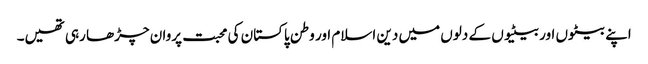
اپنے بیٹوں اور بیٹیوں کے دلوں میں دین اسلام اور وطن پاکستان کی محبت پروان چڑھا رہی تھیں۔